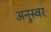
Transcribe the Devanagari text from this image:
अनुस्वर